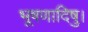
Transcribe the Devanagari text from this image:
भूषणादिषु।